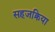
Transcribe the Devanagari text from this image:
सहजक्रिया